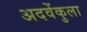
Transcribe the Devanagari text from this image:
अदवेंकुला